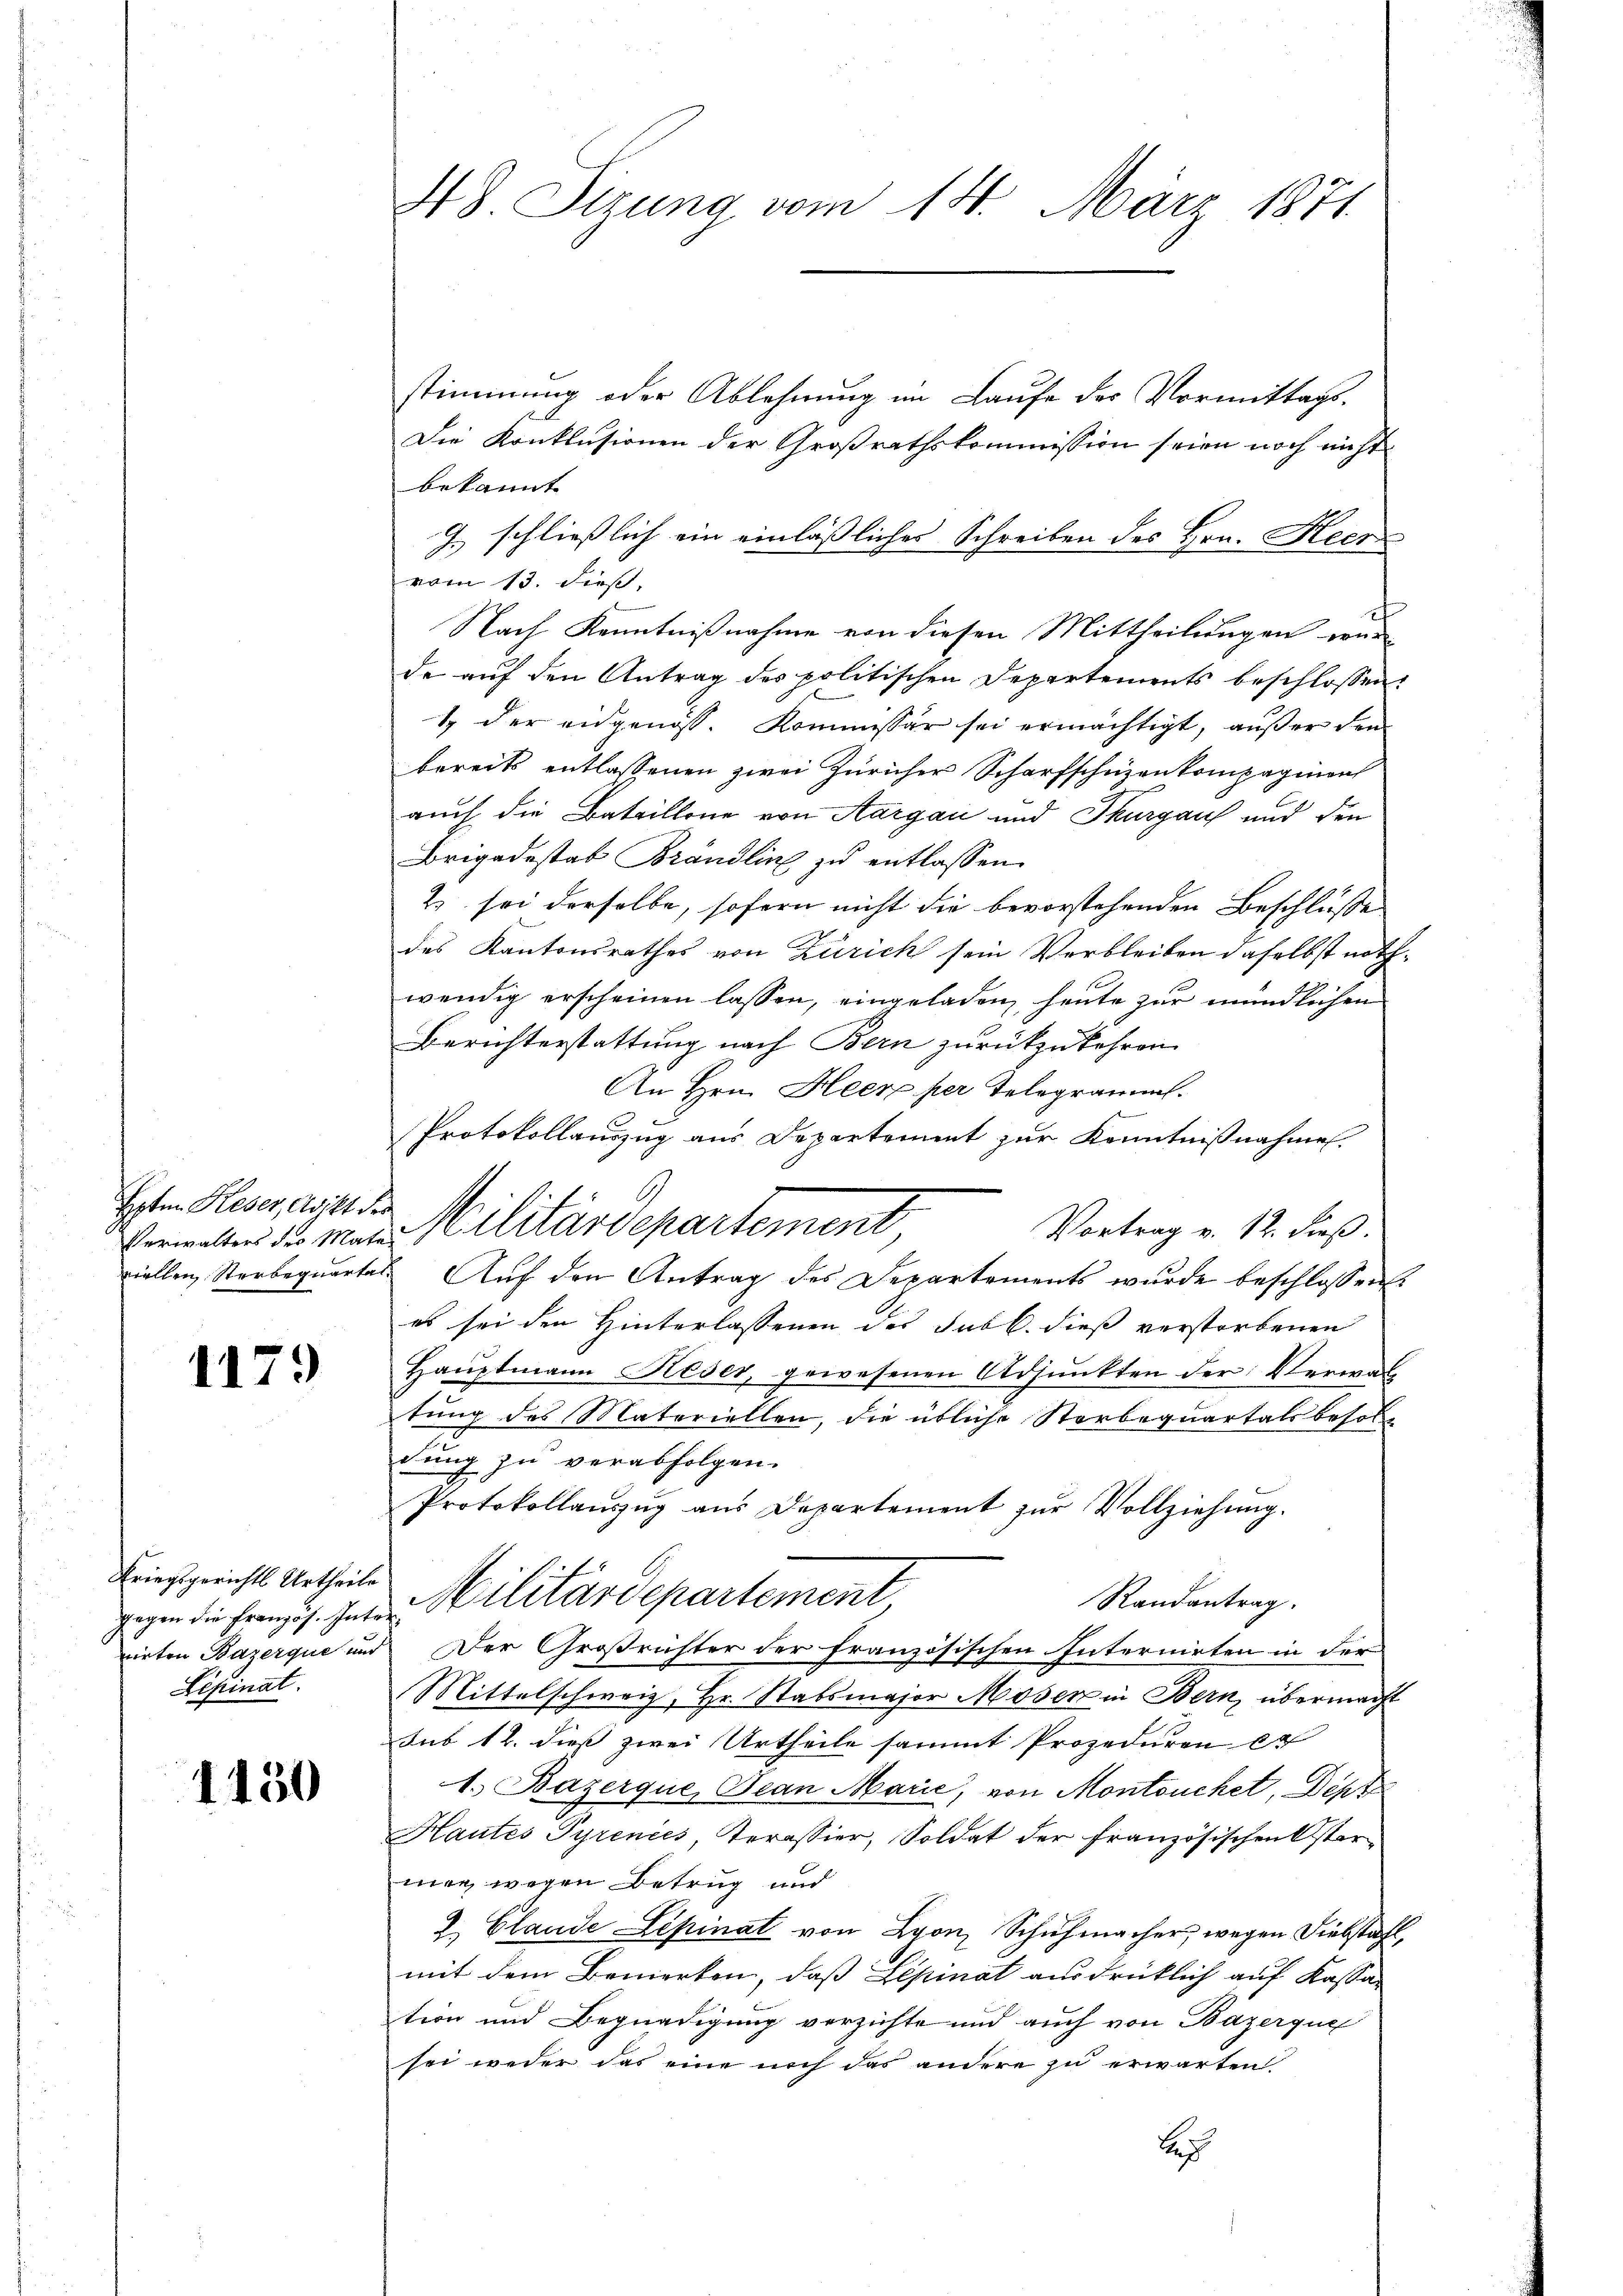
Verwalters des Mate
viellen Sterbequarta

1179

Kriegsgerichts Urtheile
gegen die Französ. Inte
Lepinat

1150

48. Sizung vom 14. März 1871.

stimmung oder Ablehnung im Laufe der Vormittags¬
Die Konklusionen der Großrathskommission seien noch nicht
bekannt
G. schließlich ein einlässliches Schreiben des Hrn. Heer
vom 13. dieß,
Nach Kenntnißnahme von diesen Mittheilungen wir
de auf den Antrag des politischen Departements beschlossen:
1. der eidgenöss. Kommissär sei ermächtigt, außer den
bereits entlassenen zwei Züricher Scharfschuzenkompagion
auch die Bataillone von Aargau und Thurgau und den
Brigadestab Brändlin zu entlassen.
2) sei derselbe, sofern nicht die bevorstehenden Beschlusse
des Kantonsrathes von Zürich sein Verbleiben daselbst nothwendig erscheinen lassen, eingeladen, heute zur mündlichen
Berichterstattung nach Bern zurückzukehren.
An Hrn. Heer per Telegramms.
Protokollauszug aus Departement zur Kenntnißnahmen.
Iten Klein ande Militärdepartement
Vortrag v. 12. dieß.
Auf den Antrag des Departements wurde beschlossene
es sei den Hinterlassenen des Subl. dieß verstorbenen
Hauptmann Keser, gewesenen Adjunkten der Verwaltung des Materiellen, die übliche Storbequartals besoldung zu verabfolgen.
Protokollauszug aus Departement zur Vollziehung.
Militärdepartement
Randantrag.
¬
rirten Bazerque und Der Großrichter der französischen Internirten in der
Mittelschweiz, Hr. Stabsmajor Moser in Bern, übermacht
sub 12. dieß zwei Urtheile sammt Prozeduren er
1. Bazerque, Jean Marie, von Montouchet, Dept
Hautes Pyrenies, Terassier, Soldat der französischen Ostermen wegen Betrug und
2. Claude Lepinat von Lyon, Schuhmacher, wegen Diebstahl,
mit dem Bemerken, daß Lepinat ausdrücklich auf Kassation und Begnadigung verzichte und auch von Bazerque
sei weder das eine noch das andere zu erwarten.
ch